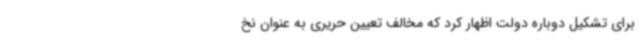
برای تشکیل دوباره دولت اظهار کرد که مخالف تعیین حریری به عنوان نخ